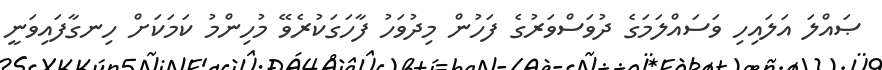
ޞައްލަ އަލައިހި ވަސައްލަމަގެ ދުވަސްވަރުގެ ފަހުން މިދުވަހު ފާހަގަކުރެވޭ މުހިންމު ކަމަކަށް ހިނގާފައިވަނީ